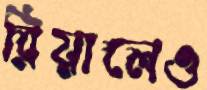
রিয়ালেও